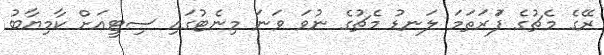
ރޭގެ މެޗުގެ ފުަރަތަމަ ލަނޑު މެޗުގެ ނުވަ ވަނަ މިނެޓުގައި ސިޓީއަށް ކާމިޔާބު